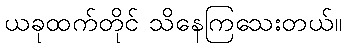
ယခုထက်တိုင် သိနေကြသေးတယ်။